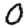
Digit: 0